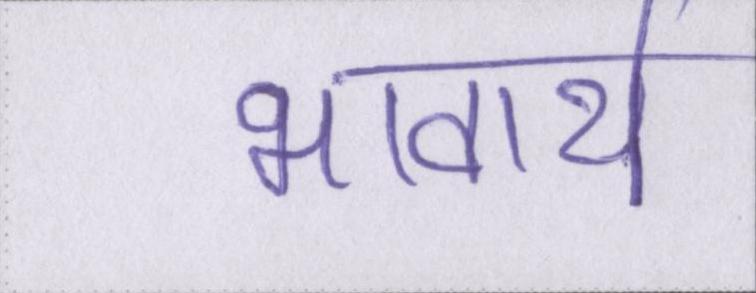
भावार्थ